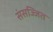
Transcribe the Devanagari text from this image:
संसज्जित